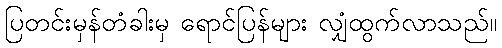
ပြတင်းမှန်တံခါးမှ ရောင်ပြန်များ လျှံထွက်လာသည်။